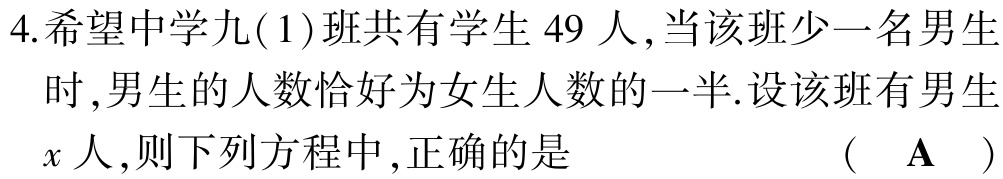
4.希望中学九(1)班共有学生$49$人,当该班少一名男生时,男生的人数恰好为女生人数的一半.设该班有男生$x$人,则下列方程中,正确的是 （ A ）